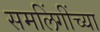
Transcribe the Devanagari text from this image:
समलिंगींच्या